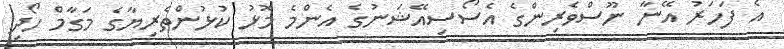
އެ ފަހަރު އޭނާ ނޫސްވެރިންގެ އެސޯސިއޭޝަނުގެ އެންމެ މޮޅު ކުޅުންތެރިޔާގެ މަގާމް ހޯދި